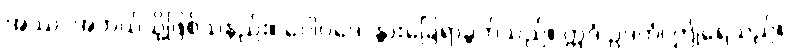
အဿ၊ အဘယ်သို့ဖြစ်သနည်း။ ဂေါပဒေ၊ နွားခြေရာခွက်သည်။ ဣဒံ ဥဒကံ၊ ဤရေသည်။